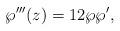
LaTeX: \begin{align*} \wp'''(z) = 12\wp\wp',\end{align*}